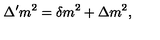
\Delta ^ { \prime } m ^ { 2 } = \delta m ^ { 2 } + \Delta m ^ { 2 } ,